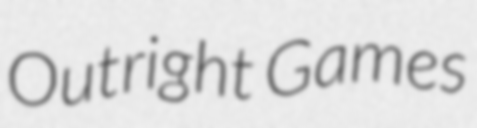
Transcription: Outright Games